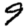
Digit: 9